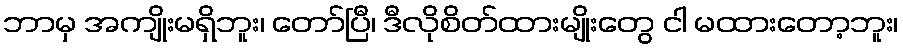
ဘာမှ အကျိုးမရှိဘူး၊ တော်ပြီ၊ ဒီလိုစိတ်ထားမျိုးတွေ ငါ မထားတော့ဘူး၊